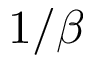
1 / \beta